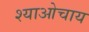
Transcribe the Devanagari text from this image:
श्याओचाय